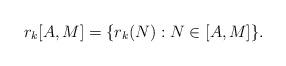
LaTeX: \begin{align*}r_k[A,M]=\{r_k(N):N\in [A,M]\}.\end{align*}